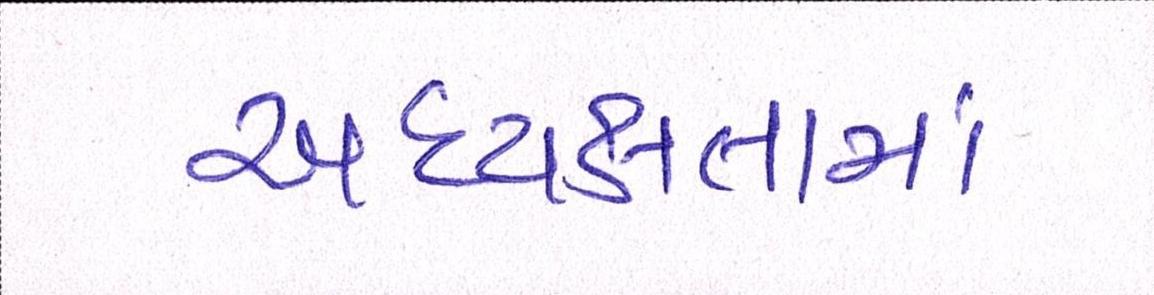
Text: અધ્યક્ષતામાં